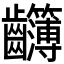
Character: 𪚈